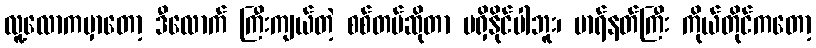
လူ့လောကမှာတော့ ဒီလောက် ကြီးကျယ်တဲ့ စစ်တပ်ဆိုတာ မရှိနိုင်ပါဘူး၊ မာရ်နတ်ကြီး ကိုယ်တိုင်ကတော့